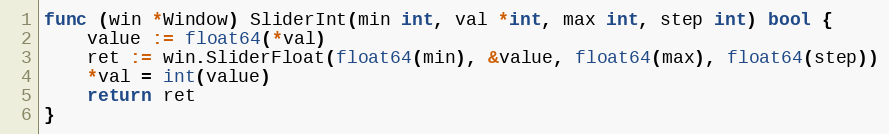
Language: Go
func (win *Window) SliderInt(min int, val *int, max int, step int) bool {
	value := float64(*val)
	ret := win.SliderFloat(float64(min), &value, float64(max), float64(step))
	*val = int(value)
	return ret
}